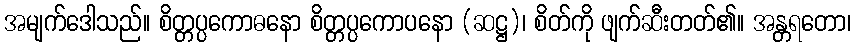
အမျက်ဒေါသည်။ စိတ္တပ္ပကောဓနော စိတ္တပ္ပကောပနော (ဆဋ္ဌ)၊ စိတ်ကို ဖျက်ဆီးတတ်၏။ အန္တရတော၊